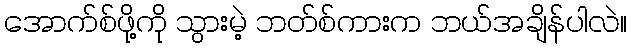
အောက်စ်ဖို့ကို သွားမဲ့ ဘတ်စ်ကားက ဘယ်အချိန်ပါလဲ။